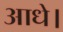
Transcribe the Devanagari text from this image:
आधे।